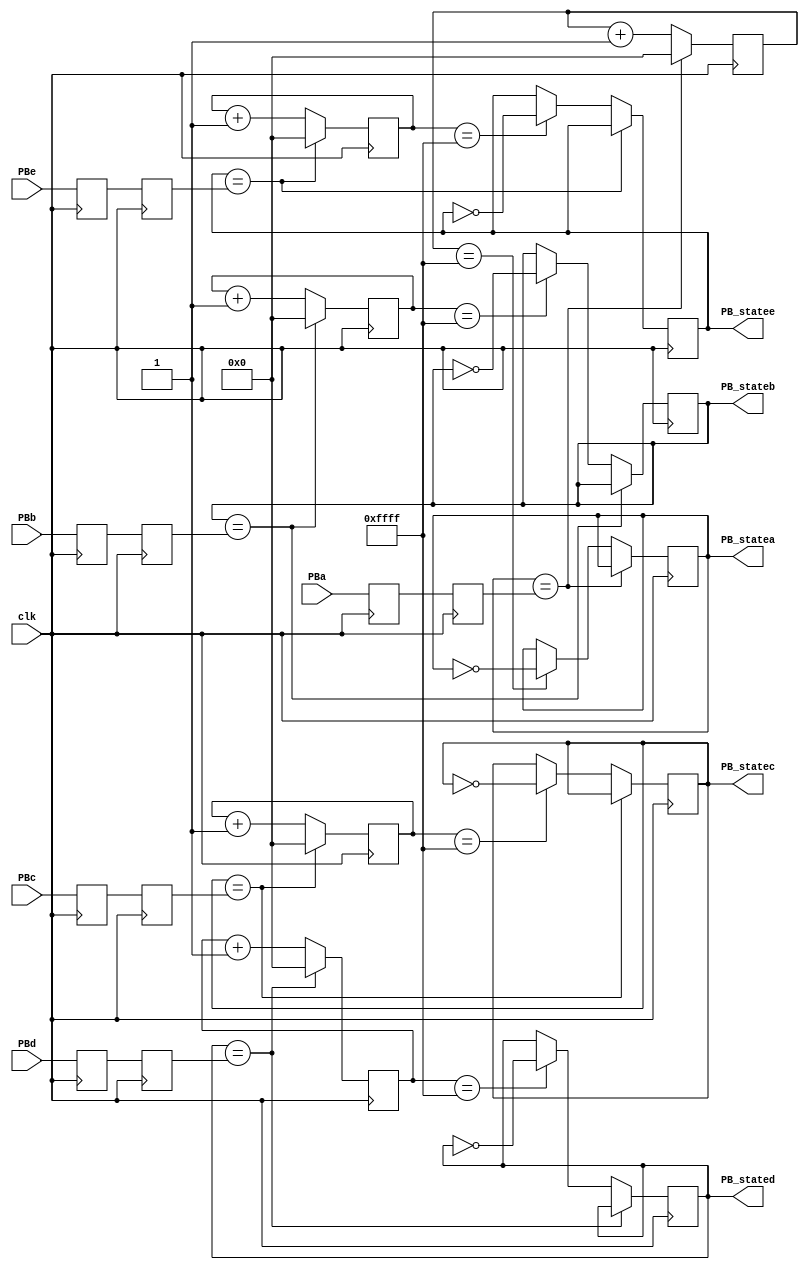
`timescale 1ns / 1ps

module debouncer(
    input wire clk,
    input wire PBa,
    output reg PB_statea,
	input wire PBb,
    output reg PB_stateb,
	input wire PBc,
    output reg PB_statec,
	input wire PBd,
    output reg PB_stated,
	input wire PBe,
    output reg PB_statee
    );
	 
reg PB_sync_0a;
always @(posedge clk) PB_sync_0a <= PBa; 
reg PB_sync_1a;
always @(posedge clk) PB_sync_1a <= PB_sync_0a;

reg PB_sync_0b;
always @(posedge clk) PB_sync_0b <= PBb; 
reg PB_sync_1b;
always @(posedge clk) PB_sync_1b <= PB_sync_0b;

reg PB_sync_0c;
always @(posedge clk) PB_sync_0c <= PBc; 
reg PB_sync_1c;
always @(posedge clk) PB_sync_1c <= PB_sync_0c;

reg PB_sync_0d;
always @(posedge clk) PB_sync_0d <= PBd; 
reg PB_sync_1d;
always @(posedge clk) PB_sync_1d <= PB_sync_0d;

reg PB_sync_0e;
always @(posedge clk) PB_sync_0e <= PBe; 
reg PB_sync_1e;
always @(posedge clk) PB_sync_1e <= PB_sync_0e;


reg [15:0] PB_cnta;
reg [15:0] PB_cntb;
reg [15:0] PB_cntc;
reg [15:0] PB_cntd;
reg [15:0] PB_cnte;


always @(posedge clk) begin
	if(PB_statea==PB_sync_1a)
		PB_cnta <= 0;
	else begin
		PB_cnta <= PB_cnta + 1'b1;  
		if(PB_cnta == 16'hffff) PB_statea <= ~PB_statea;  
	end
	
	if(PB_stateb==PB_sync_1b)
		PB_cntb <= 0;
	else begin
		PB_cntb <= PB_cntb + 1'b1;  
		if(PB_cntb == 16'hffff) PB_stateb <= ~PB_stateb;  
	end
	
	if(PB_statec==PB_sync_1c)
		PB_cntc <= 0;
	else begin
		PB_cntc <= PB_cntc + 1'b1;  
		if(PB_cntc == 16'hffff) PB_statec <= ~PB_statec;  
	end
	
	if(PB_stated==PB_sync_1d)
		PB_cntd <= 0;
	else begin
		PB_cntd <= PB_cntd + 1'b1;  
		if(PB_cntd == 16'hffff) PB_stated <= ~PB_stated;  
	end
	
	if(PB_statee==PB_sync_1e)
		PB_cnte <= 0;
	else begin
		PB_cnte <= PB_cnte + 1'b1;  
		if(PB_cnte == 16'hffff) PB_statee <= ~PB_statee;  
	end
end
endmodule